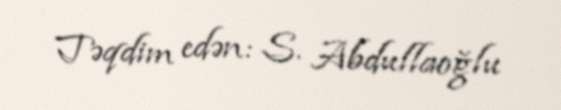
Təqdim edən: S. Abdullaoğlu